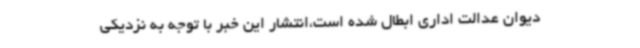
دیوان عدالت اداری ابطال شده است،انتشار این خبر با توجه به نزدیکی